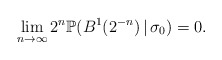
\begin{align*}\lim_{n\to\infty}2^{n}\mathbb{P}(B^{1}(2^{-n})\,|\,\sigma_{0})=0.\end{align*}